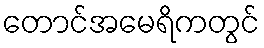
တောင်အမေရိကတွင်